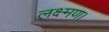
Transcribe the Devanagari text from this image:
लक्ष्मण।